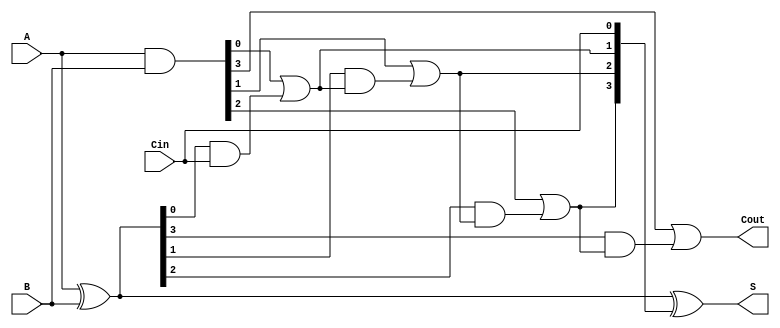
module RCLA #(parameter n = 4) (
    input [n-1:0] A,    // First operand
    input [n-1:0] B,    // Second operand
    input Cin,          // Carry input
    output [n-1:0] S,   // Sum output
    output Cout         // Carry output
);

    // Generate and propagate signals
    wire [n-1:0] G; // Generate signals
    wire [n-1:0] P; // Propagate signals
    wire [n:0] C;   // Carry signals

    // Generate and propagate calculations
    assign G = A & B;       // Gi = Ai AND Bi
    assign P = A ^ B;       // Pi = Ai XOR Bi

    // Carry calculations using lookahead logic
    assign C[0] = Cin; // C0 = Cin
    assign C[1] = G[0] | (P[0] & C[0]); // C1 = G0 + (P0 AND C0)
    
    genvar i;
    generate
        for (i = 1; i < n; i = i + 1) begin : carry_logic
            assign C[i + 1] = G[i] | (P[i] & C[i]); // Ci+1 = Gi + (Pi AND Ci)
        end
    endgenerate

    // Sum calculations
    assign S = P ^ C[n-1:0]; // S[i] = Ai XOR Bi XOR Ci

    // Carry output
    assign Cout = C[n]; // Cout = Cn

endmodule